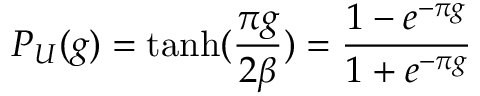
P _ { U } ( g ) = \operatorname { t a n h } ( { \frac { \pi g } { 2 \beta } } ) = \frac { 1 - e ^ { - \pi g } } { 1 + e ^ { - \pi g } }